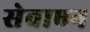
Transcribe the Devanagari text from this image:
सेवाएन